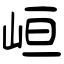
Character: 峘